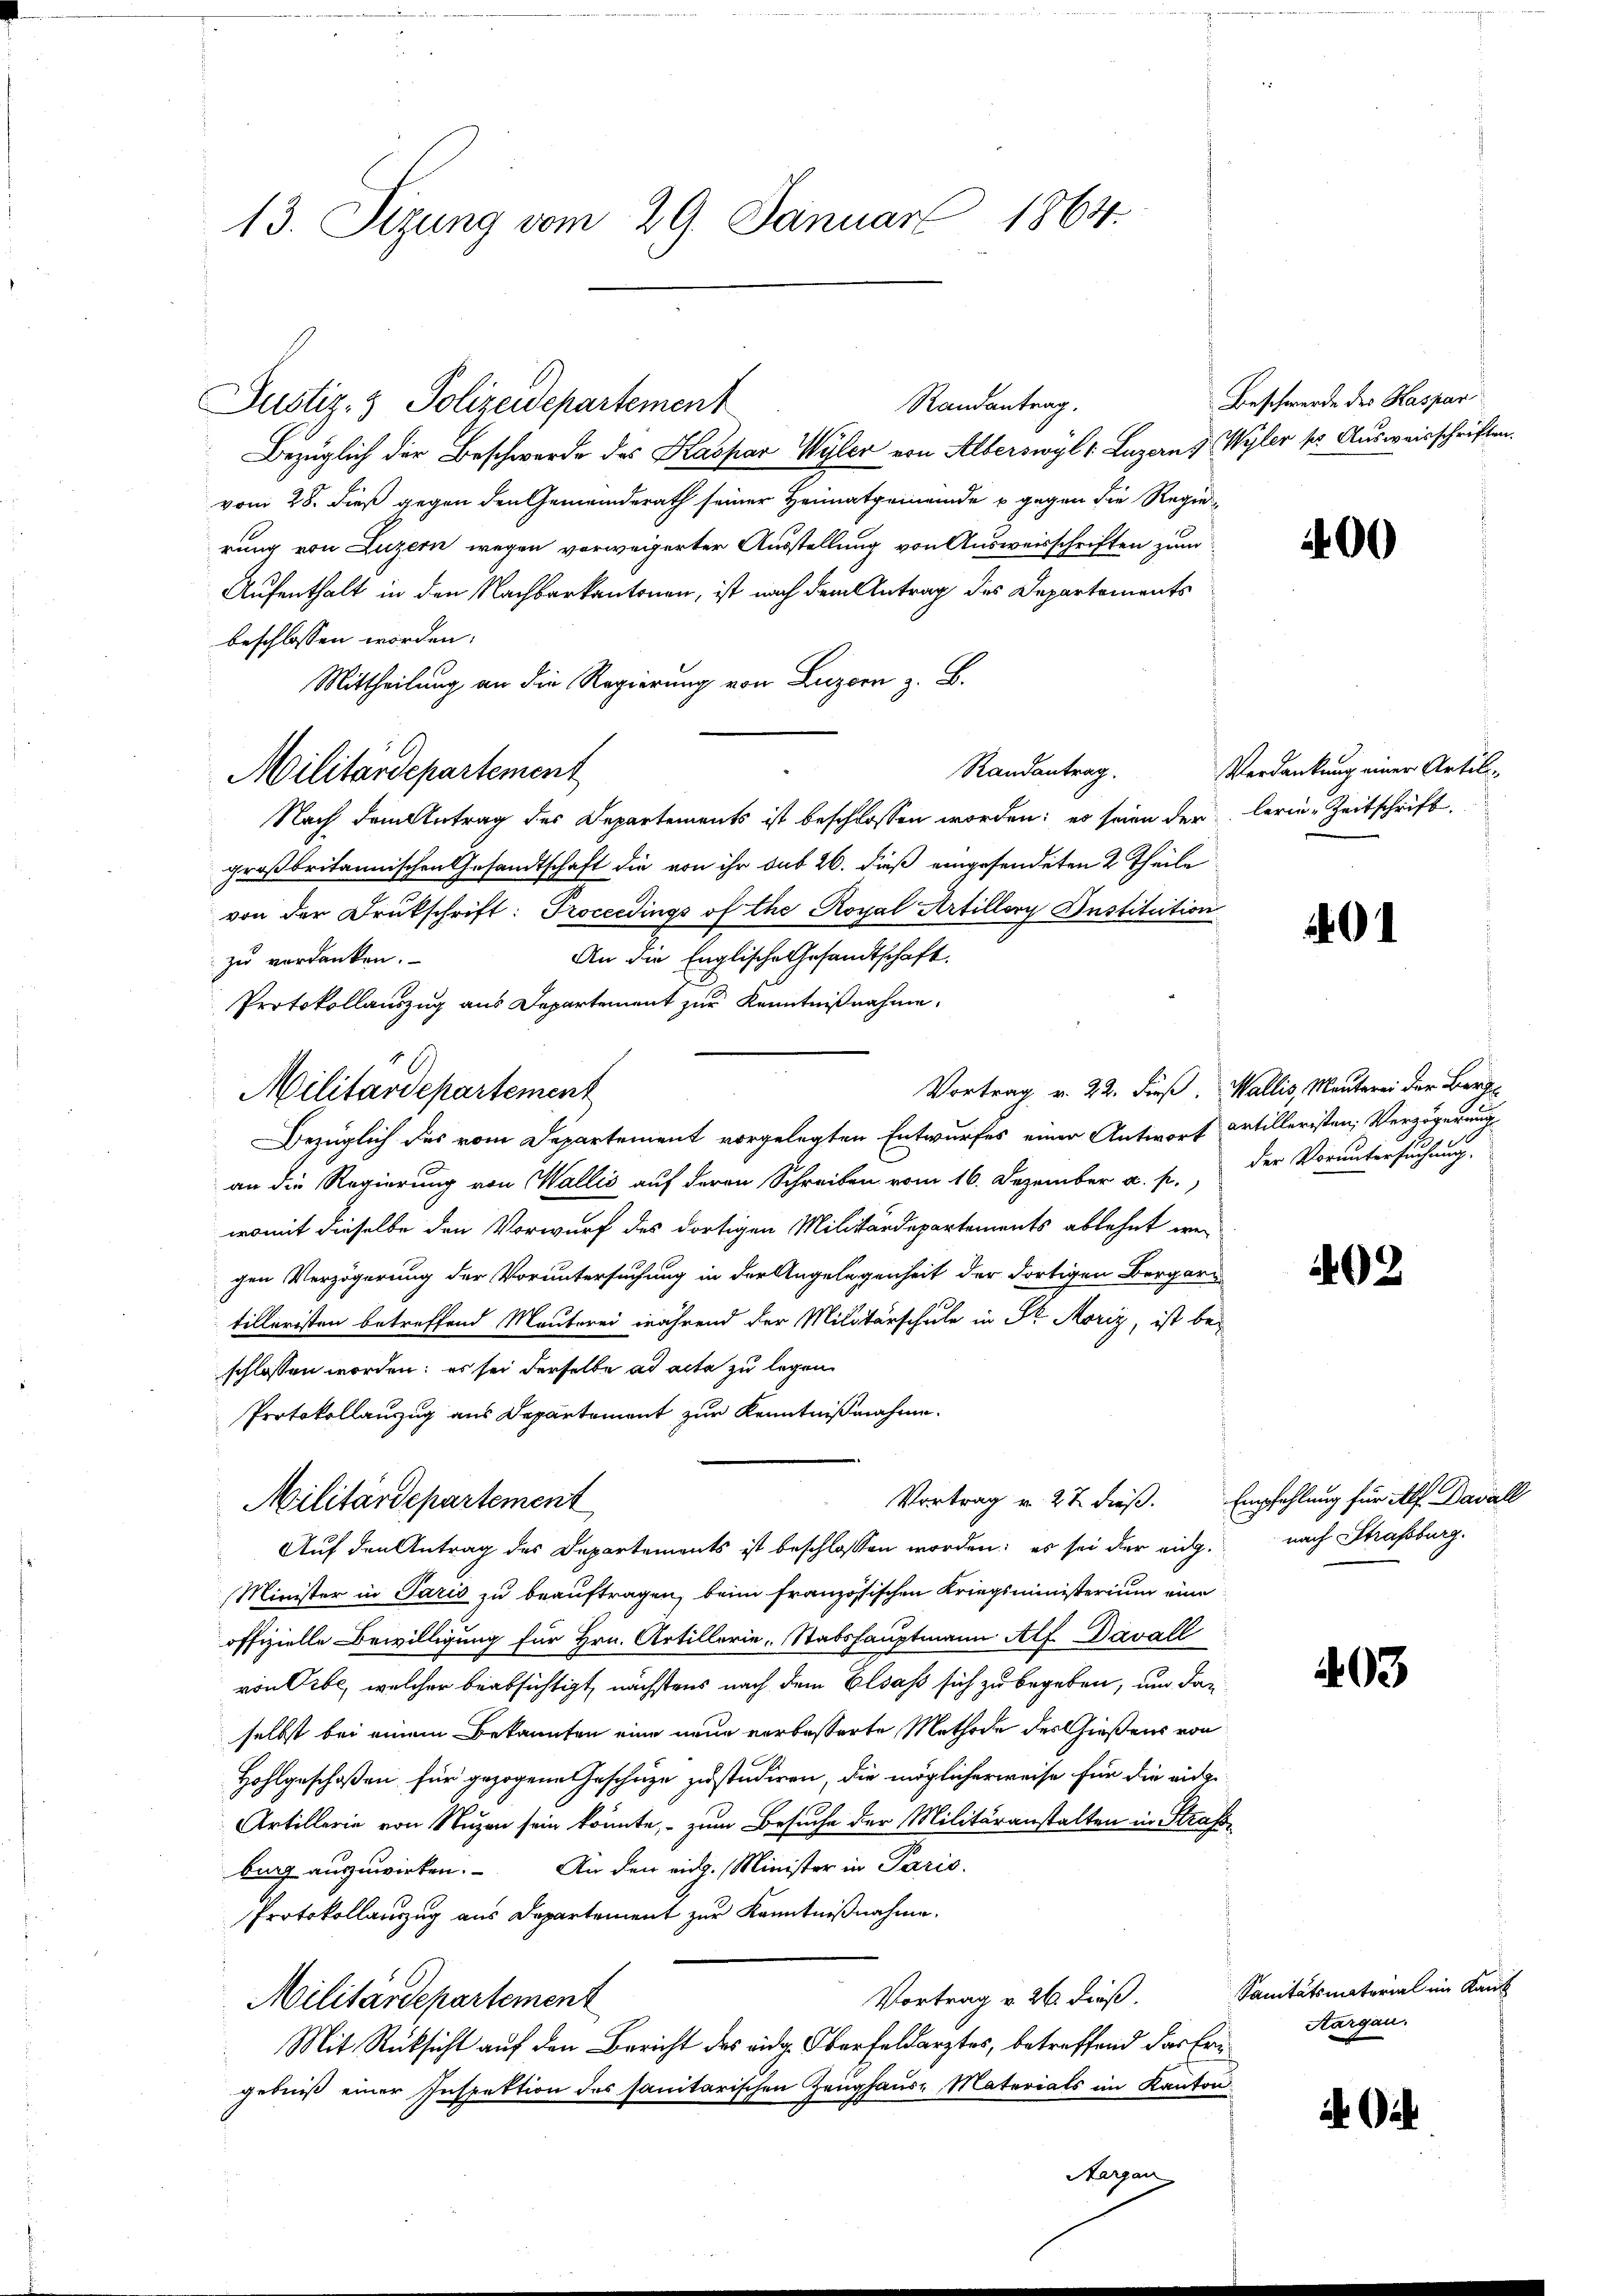
13. Sizung vom 29. Januar 1864.

Militärdepartement

Militärdepartement

Justiz- & Polizeidepartement

Bezüglich der Beschwerde des Kaspar Wyler von Alberswyl v. Luzern, Wyler ser Ausweisschriften.
vom 28. dieß gegen den Gemeinderath seiner Heimatgemeinde u gegen die Regierung von Luzern wegen vorweigerter Ausstellung von Ausweisschriften zum
Aufenthalt in den Nachbarkantonen, ist nach dem Antrag des Departements
beschlossen worden.
Mittheilung an die Regierung von Luzern z. B.
Randantrag.
Nach dem Antrag des Departements ist beschlossen worden; es seien der lerin-Zeitschrift
großbritannischen Gesandtschaft die von ihr sub 26. dieß eingesendeten 2 Theile
von der Drukschrift: Proceedings of the Royal Artillory Institution
An die Englische Gesandtschaft.
zu verdanken.
Protokollauszug aus Departement zur Kenntnißnahme,
Bezüglich des vom Departement vorgelegten Entwurfes einer Antwort Artilleristen Verzögerung
an die Regierung von Wallis auf deren Schreiben vom 16. Dezember a. p., der Voruntersuchung,
womit dieselbe den Vorwurf des dortigen Militärdepartements ablehnt wergen Verzögerung der Voruntersuchung in der Angelegenheit der dortigen Bergare
tilleristen betreffend Mautorei während der Militärschule in Sr. Moriz, ist beschlossen worden; es sei derselbe ad acta zu legen.
Protokollanzug aus Departement zur Kenntnißnahme.
Vortrag u. 27 dieß. Empfehlung für Alf. Davall
Militärdepartement
Auf den Antrag des Departements ist beschlossen worden; es sei der eidg. nach Strassburg.
Minister in Paris zu beauftragen, beim französischen Kriegsministerium eine
offizielle Bewilligung für Hrn. Artillerie, Stabshauptmann Alf. Davall
von Pibe, welcher beabsichtigt, nächstens nach dem Elsass sich zu begeben, und darselbst bei einem Bekannten eine neue verbesserte Methode des Gießens von
Hohlgeschoßen für gezogene Geschüze zustudiren, die möglicherweise für die eidge
Artillerie von Nuzen sein könnte, – zum Besuche der Militäranstalten in Strafsburg auszuwirken. An den eidg. Minister in Paris
Protokollauszug aus Departement zur Kenntnißnahme.
Vortrag v. 26. dieß.
Militärdepartement
Mit Rücksicht auf den Bericht des eidg. Oberfeldarztes, betreffend das Frigebniß einer Inspektion des sanitarischen Zeughaus Materials im Kanton

Randantrag.

Aargau

Beschwerde des Kaspar

400

Verdankung einer Artil¬

0

Vortrag v. 22. dieß, Wallis, Mauterei der Berg-

402

403

Sanitätsmatorial im Kant
Aargau.

4 Oct